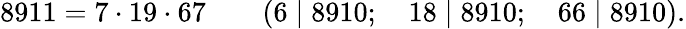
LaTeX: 8911=7\cdot 19\cdot 67\qquad(6\mid 8910;\quad 18\mid 8910;\quad 66\mid 8910).